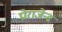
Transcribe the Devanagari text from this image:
प्रोराजेन्द्र